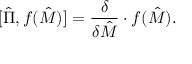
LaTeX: [ \hat { \Pi } , f ( \hat { M } ) ] = { \frac { \delta } { \delta \hat { M } } } \cdot f ( \hat { M } ) .